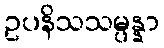
ဥပနိသသမ္ပန္နာ